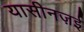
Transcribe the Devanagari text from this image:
यासीनज़ई